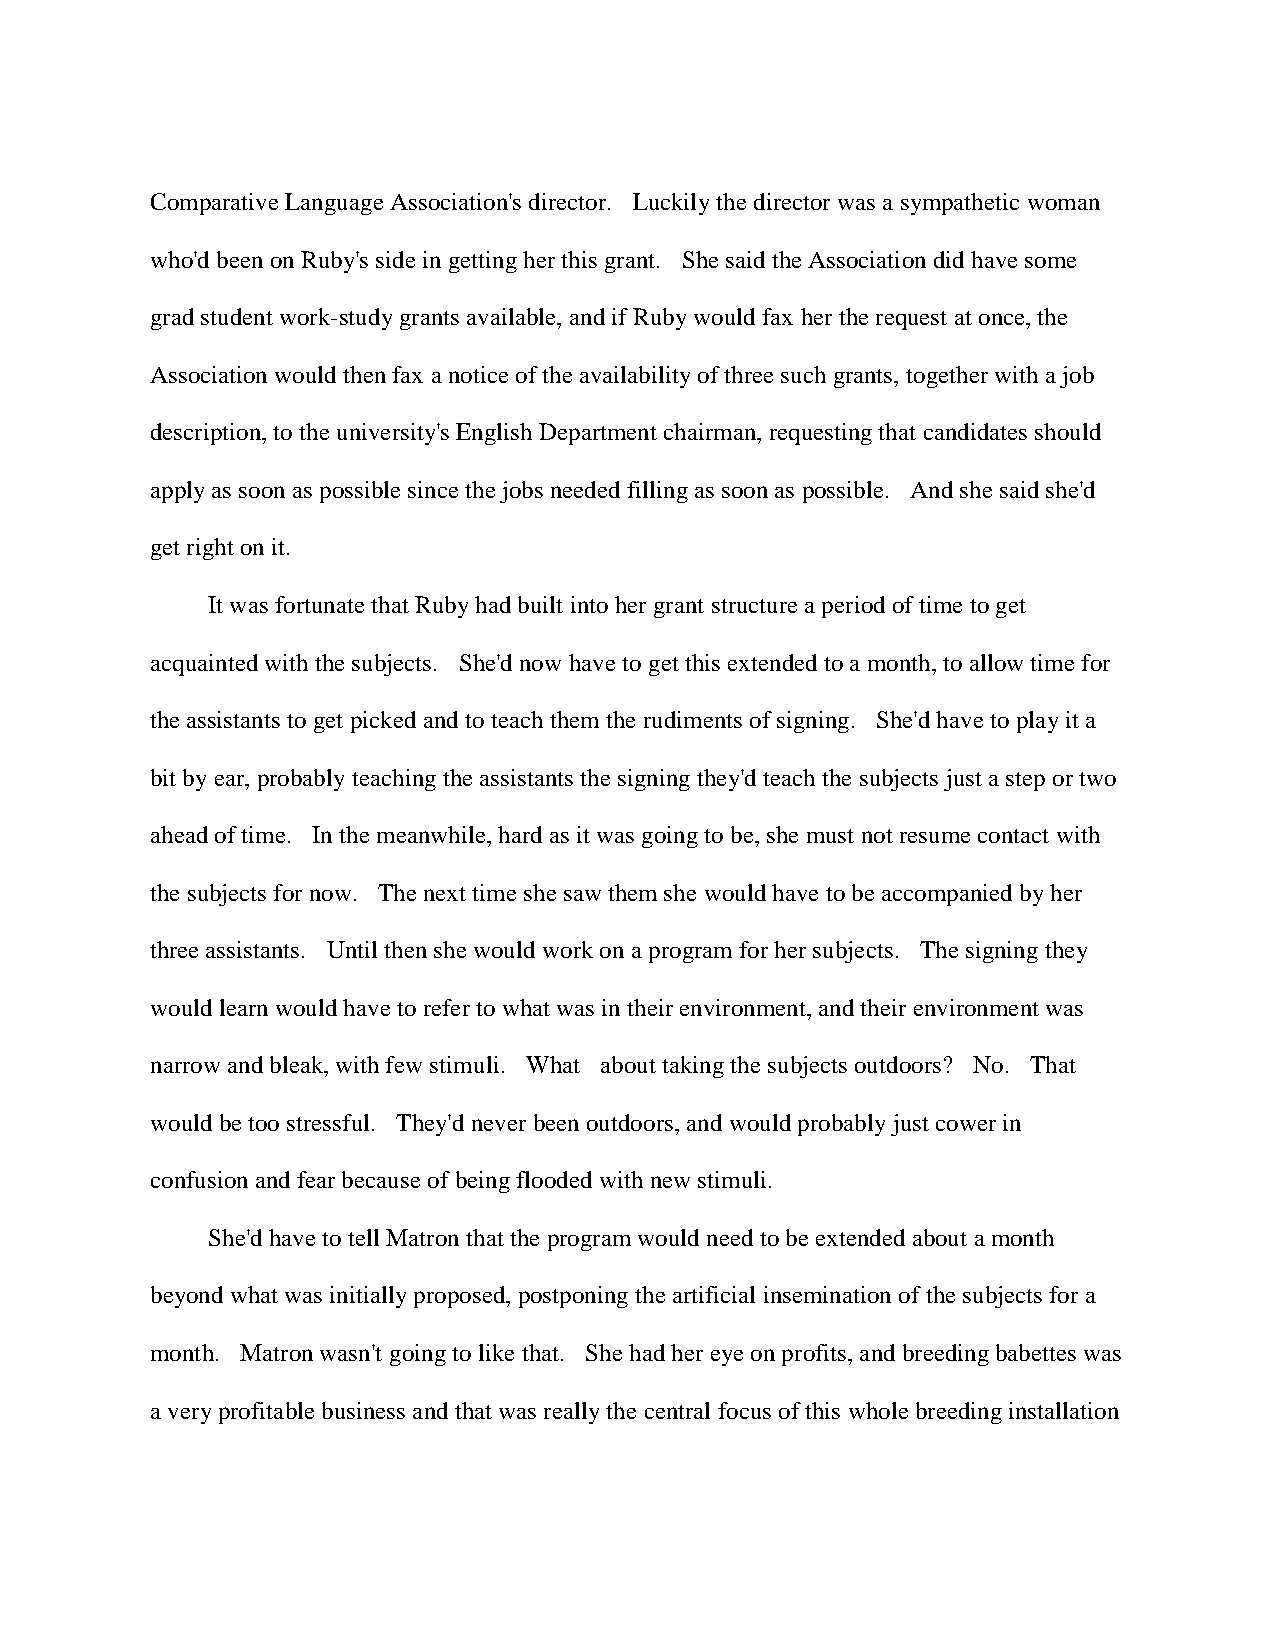
Comparative Language Association's director. Luckily the director was a sympathetic woman
 who'd been on Ruby's side in getting her this grant. She said the Association did have some
 grad student work-study grants available, and if Ruby would fax her the request at once, the
 Association would then fax a notice of the availability of three such grants, together with a job
 description, to the university's English Department chairman, requesting that candidates should
 apply as soon as possible since the jobs needed filling as soon as possible. And she said she'd
 get right on it.
 It was fortunate that Ruby had built into her grant structure a period of time to get
 acquainted with the subjects. She'd now have to get this extended to a month, to allow time for
 the assistants to get picked and to teach them the rudiments of signing. She'd have to play it a
 bit by ear, probably teaching the assistants the signing they'd teach the subjects just a step or two
 ahead of time. In the meanwhile, hard as it was going to be, she must not resume contact with
 the subjects for now. The next time she saw them she would have to be accompanied by her
 three assistants. Until then she would work on a program for her subjects. The signing they
 would learn would have to refer to what was in their environment, and their environment was
 narrow and bleak, with few stimuli. What about taking the subjects outdoors? No. That
 would be too stressful. They'd never been outdoors, and would probably just cower in
 confusion and fear because of being flooded with new stimuli.
 She'd have to tell Matron that the program would need to be extended about a month
 beyond what was initially proposed, postponing the artificial insemination of the subjects for a
 month. Matron wasn't going to like that. She had her eye on profits, and breeding babettes was
 a very profitable business and that was really the central focus of this whole breeding installation